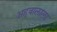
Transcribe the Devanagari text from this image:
अहवालाला